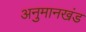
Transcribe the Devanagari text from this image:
अनुमानखंड